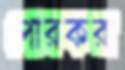
পোরকরা